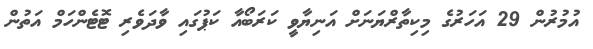
އުމުރުން 29 އަހަރުގެ މިކިތާރްޔަނަށް އަނިޔާވީ ކަރަބޯއާ ކަޕުގައި ވާދަވެރި ޓޮޓެންހަމް އަތުން